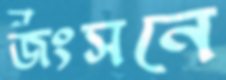
জংসনে